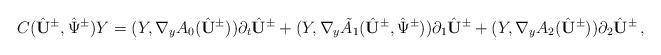
LaTeX: \begin{align*}C(\hat{{\mathbf U}}^{\pm},\hat{\Psi}^{\pm})Y=(Y,\nabla_yA_0(\hat{{\mathbf U}}^{\pm}))\partial_t\hat{{\mathbf U}}^{\pm}+(Y,\nabla_y\tilde{A}_1(\hat{{\mathbf U}}^{\pm},\hat{\Psi}^{\pm}))\partial_1\hat{{\mathbf U}}^{\pm}+(Y,\nabla_yA_2(\hat{{\mathbf U}}^{\pm}))\partial_2\hat{{\mathbf U}}^{\pm}\,,\end{align*}